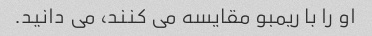
او را با ریمبو مقایسه می کنند، می دانید.